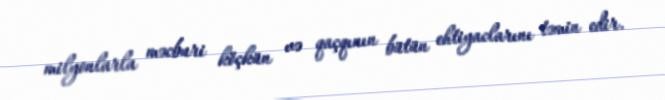
milyonlarla məcburi köçkün və qaçqının bütün ehtiyaclarını təmin edir.